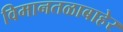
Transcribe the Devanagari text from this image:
विमानतळाबाहेर